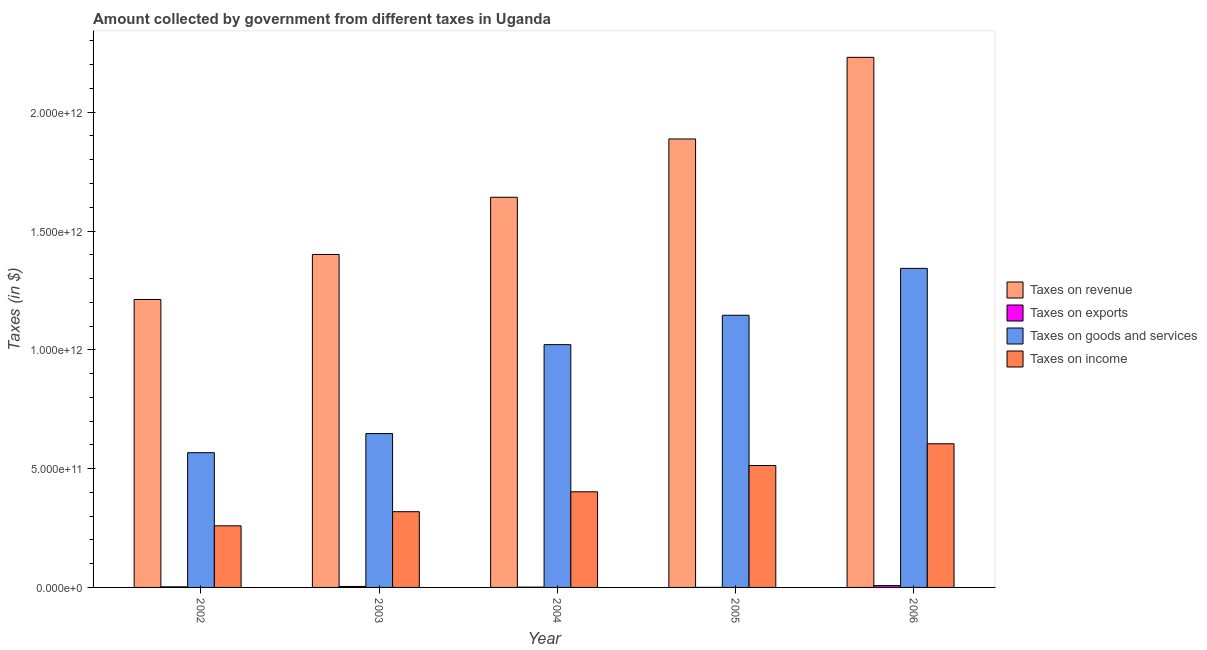
| Year | Taxes on revenue | Taxes on exports | Taxes on goods and services | Taxes on income |
 | --- | --- | --- | --- | --- |
 | 2002 | 1.21e+12 | 2.43e+09 | 5.67e+11 | 2.59e+11 |
 | 2003 | 1.4e+12 | 4.07e+09 | 6.48e+11 | 3.19e+11 |
 | 2004 | 1.64e+12 | 1.14e+09 | 1.02e+12 | 4.02e+11 |
 | 2005 | 1.89e+12 | 1.22e+08 | 1.15e+12 | 5.13e+11 |
 | 2006 | 2.23e+12 | 7.93e+09 | 1.34e+12 | 6.05e+11 |